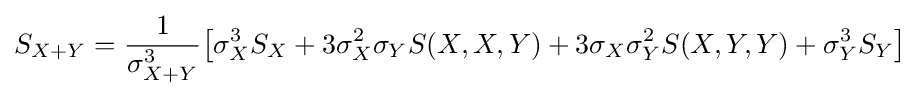
S_{X+Y}={1 \over \sigma _{X+Y}^{3}}{\left[\sigma _{X}^{3}S_{X}+3\sigma _{X}^{2}\sigma _{Y}S(X,X,Y)+3\sigma _{X}\sigma _{Y}^{2}S(X,Y,Y)+\sigma _{Y}^{3}S_{Y}\right]}